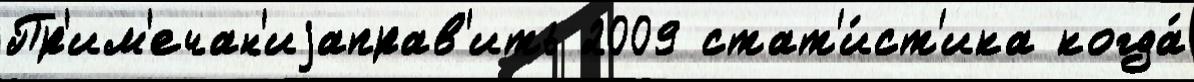
Пр'им'ечан'иjаправ'ить 2009 стат'и́ст'ика когда́